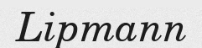
Lipmann